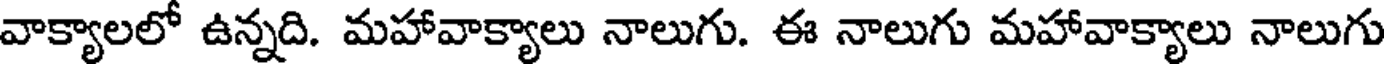
వాక్యాలలో ఉన్నది. మహావాక్యాలు నాలుగు. ఈ నాలుగు మహావాక్యాలు నాలుగు